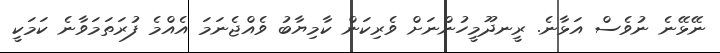
ނޭޅޭނެ ނުވެސް އަޅާނެ. ރީނދޫމީހުންނަށް ވެރިކަން ކާމިޔާބު ވެއްޖެނަމަ އެއްމެ ފުރަތަމަވާނެ ކަމަކީ